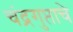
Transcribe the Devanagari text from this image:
चंद्रगुप्ताचे